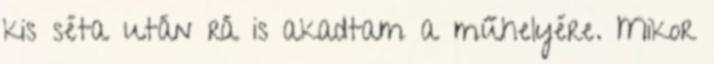
kis séta után rá is akadtam a műhelyére. Mikor